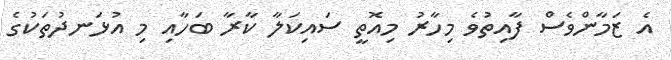
އެ ޒަމާންވެސް ފާއިތުވެ މިހާރު މިއޮތީ ސައިކަލާ ކާރާ ބަހާއި މި އުޅަނދުތަކުގެ